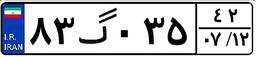
۸۳گ۰۳۵۴۲